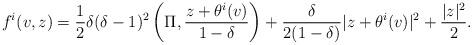
LaTeX: \begin{align*}f^i(v,z)=\frac12\delta(\delta-1)^2\left(\Pi,\frac{z+\theta^i(v)}{1-\delta}\right)+\frac{\delta}{2(1-\delta)}|z+\theta^i(v)|^2+\frac{|z|^2}{2}.\end{align*}